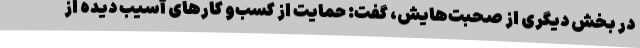
در بخش دیگری از صحبت‌هایش، گفت: حمایت از کسب‌و کارهای آسیب دیده از